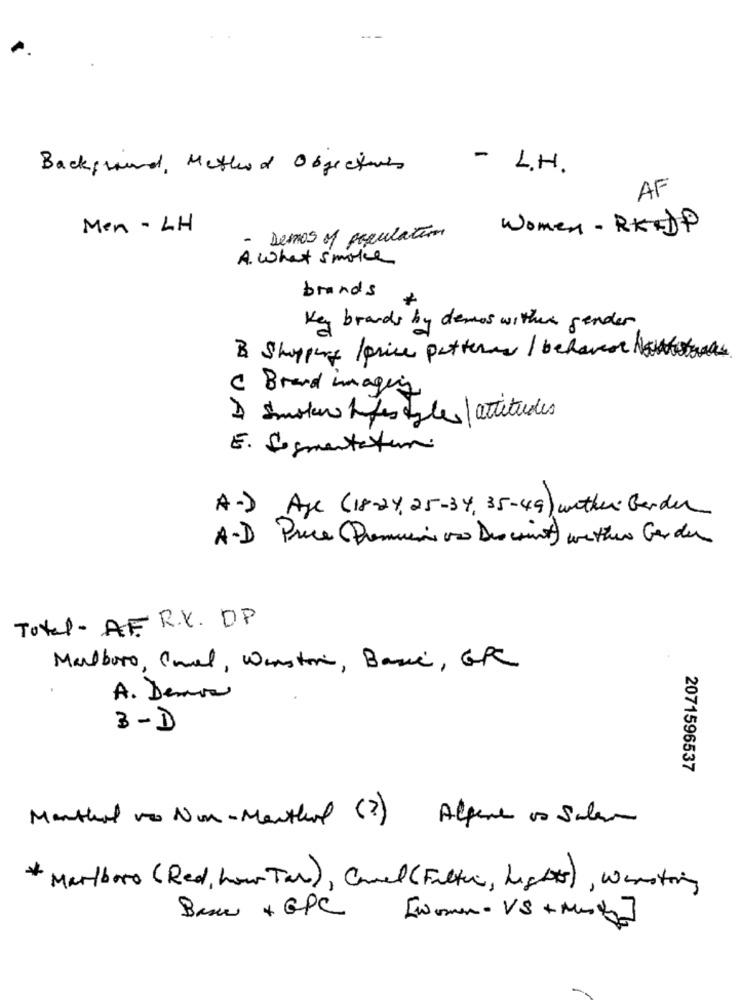
Background, Method Objectives
- L.H.
AF
Men - LH
Women- RKP
- Demos of population
A. what smoke
brands
Key brands by demos wither gender
B Shoppers larice patterns / behovet Not
C Brand imaging
) smoke Lifestyles | attitudes
E. Segmentatur
A-) Age (18-24,25-34, 35-49) wither Berder
A-D Price (Demmin oso Discount) wethen Ger der
Total- AF R.Y. DP
Marlboro, Conel, Wirstore, Basic, GPC
A. Denva
3-D
2071596537
Manthat vos Non-Menthol ( ? ) Alpene os Salern
* Marlboro ( Red, how Tar ), Conel (Filter, Lights), wanting
Basc + GPC